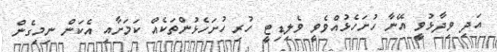
އަދި ވިދާޅުވީ އޭނާ ހުށަހެޅުއްވެވީ ވެލިޑިޓީ ހުރި ހުށަހެޅުންތަކެއް ކަމަށާއި އެކަން ނިމިގެން